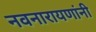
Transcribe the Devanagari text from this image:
नवनारायणांनी